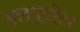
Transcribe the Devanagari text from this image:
इल्यूट्रेटर